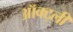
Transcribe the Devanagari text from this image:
ऑक्ट्ली